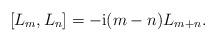
LaTeX: \begin{align*} \left[L_m,L_n\right]=-{\rm i}(m-n)L_{m+n}.\end{align*}